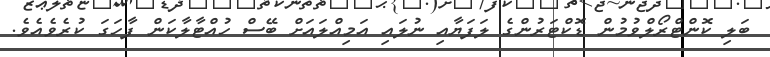
ބަލި ކޮންޓްރޯލްވުމުން ޑޮކްޓަރުންގެ ލަފަޔާއި ނުލައި އަމިއްލައަށް ބޭސް ހުއްޓާލާކަން ފާހަގަ ކުރެވެއެވެ.